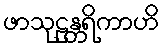
ဖာသုဠန္တရိကာဟိ